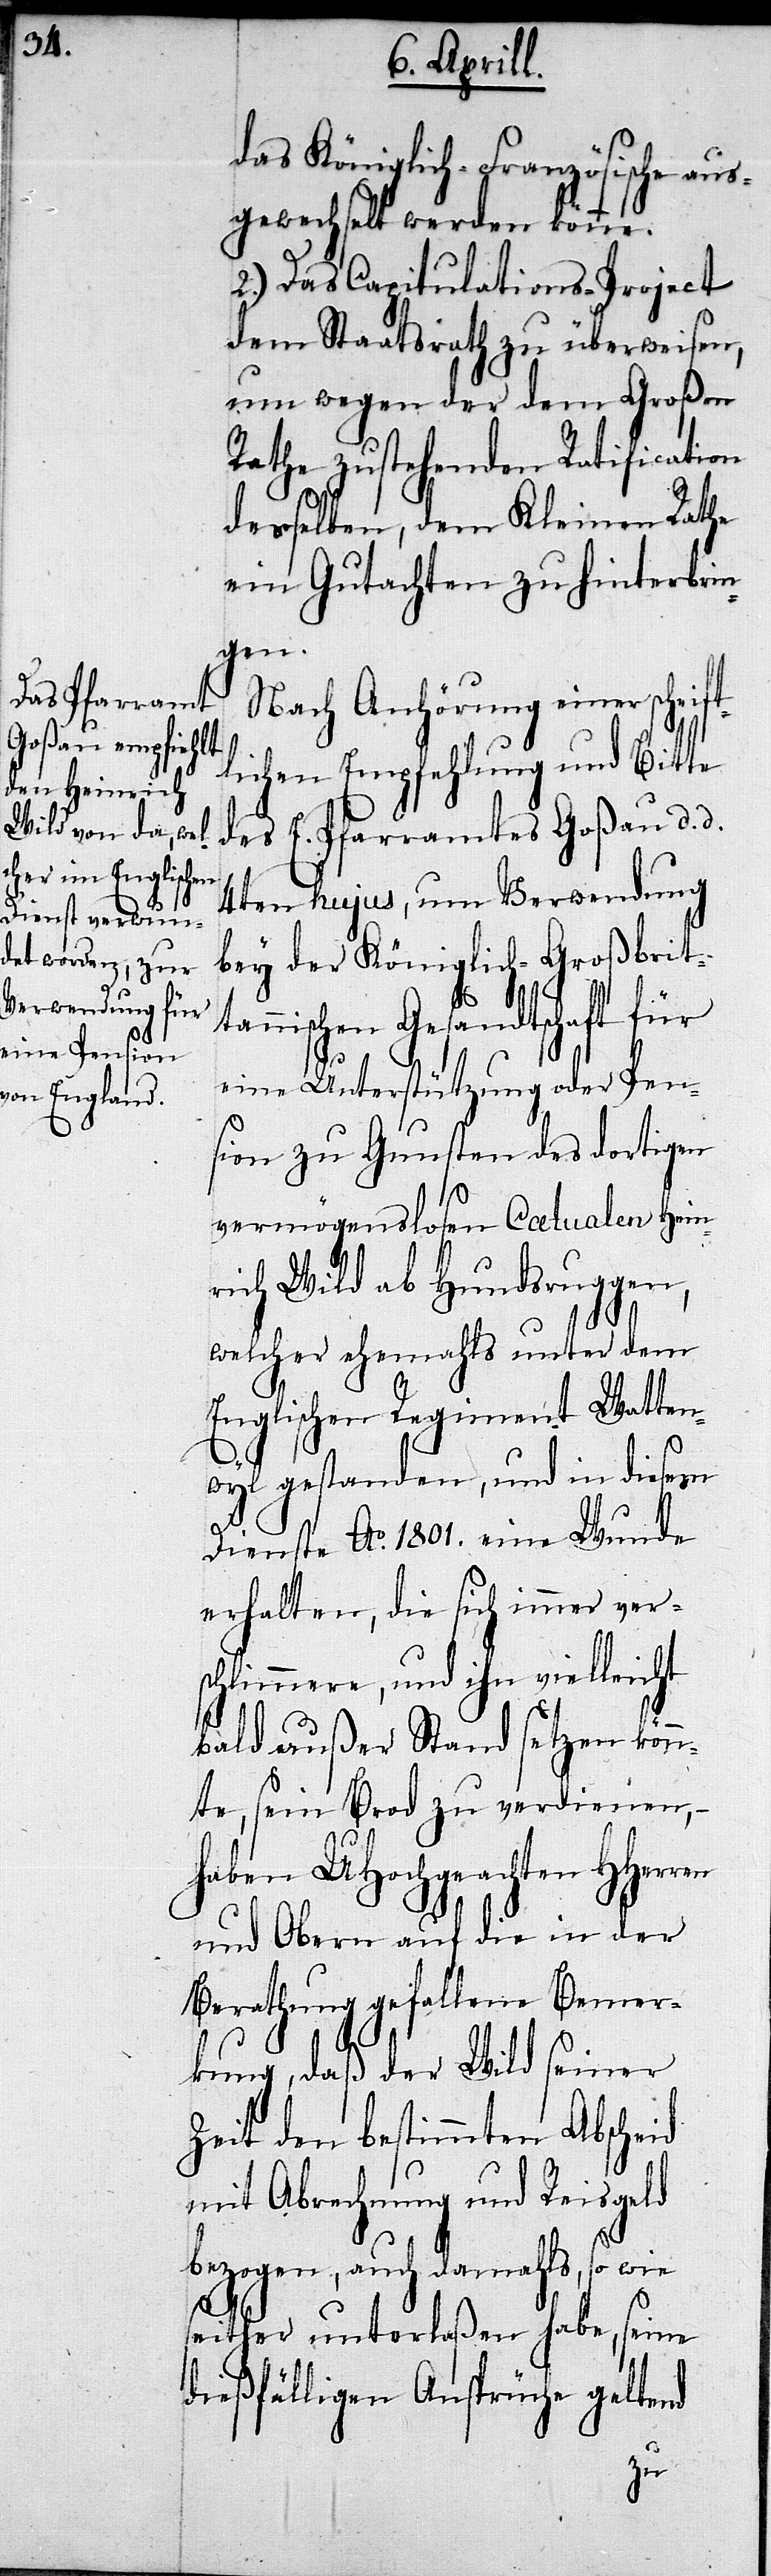
das Königlich-Französische aus¬
gewechselt werden könne.
2.) Das Capitulations-Project
dem Staatsrath zu überweisen,
um wegen der dem Großen
Rathe zustehenden Ratification
desselben, dem Kleinen Rathe
ein Gutachten zu hinterbrin¬
gen.
Nach Anhörung einer schrif¬
lichen Empfehlung und Bitte
des E. Pfarramtes Goßau d.d.
4ten hujus, um Verwendung
bey der Königlich-Großbrit¬
tannischen Gesandtschaft für
eine Unterstützung oder Pen¬
sion zu Gunsten des dortigen
vermögenslosen Caetualen Hein¬
rich Wild ab Hundsruggen,
welcher ehemahls unter dem
Englischen Regiment Watten¬
wyl gestanden, und in diesem
Dienste Ao. 1801. eine Wunder
erhalten, die sich immer ver¬
schlimmere, und ihn vielleicht
bald außer Stand setzen könn¬
te, sein Brod zu verdienen,–
haben UHochgeachten HHerr¬
en und Obern auf die in der
Berathung gefallene Bemer¬
t¬
kung, daß der Wild seiner
Zeit den bestimmten Abscheid
mit Abrechnung und Reisgeld
bezogen, auch damahls, so wie
seither unterlaßen habe, seine
dießfälligen Ansprüche geltend